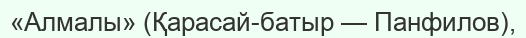
«Алмалы» (Қарасай-батыр — Панфилов),